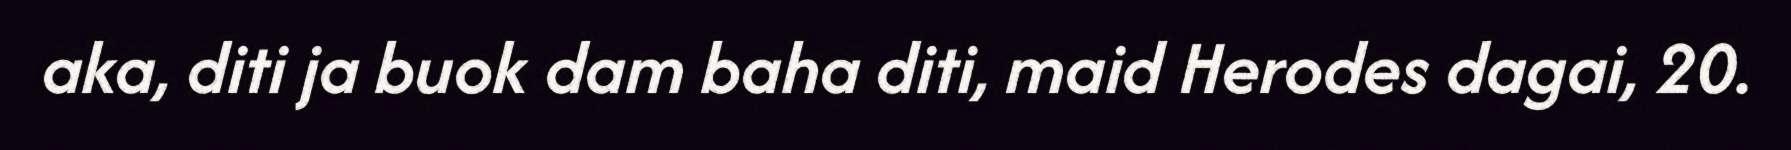
aka, diti ja buok dam baha diti, maid Herodes dagai, 20.